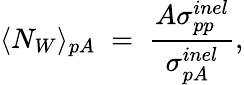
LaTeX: \langle N_{W}\rangle_{pA}\; =\; {\frac{A\sigma_{pp}^{inel}}{\sigma_{pA}^{inel}}},